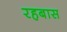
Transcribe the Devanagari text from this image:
रहबास